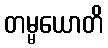
တမ္မယောတိ